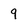
Character: 9